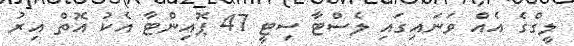
ލީގްގެ އެއް ވަނައިގައި ލެސްޓާ ސިޓީ 47 ޕޮއިންޓާ އެކު އޮތް އިރު